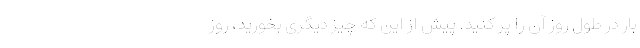
بار در طول روز آن را پر کنید. پیش از این که چیز دیگری بخورید، روز